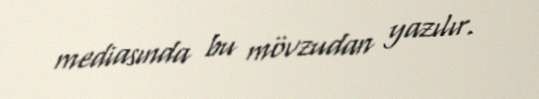
mediasında bu mövzudan yazılır.